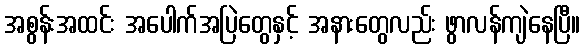
အစွန်းအထင်း အပေါက်အပြဲတွေနှင့် အနားတွေလည်း ဖွာလန်ကျဲနေပြီ။